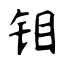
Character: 钼